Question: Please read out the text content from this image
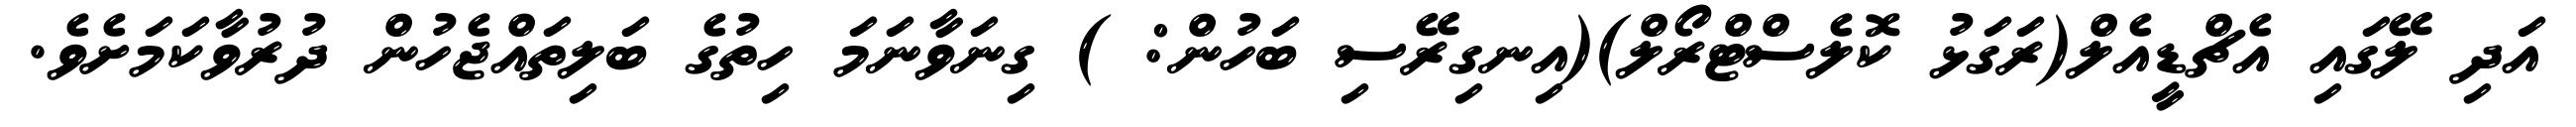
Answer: އަދި ލޭގައި އެޗްޑީއެލް(ރަގަޅު ކޮލެސްޓްރޯލް)(އިނގިރޭސި ބަހުން: ) ގިނަވާނަމަ ހިތުގެ ބަލިތައްޖެހުން ދުރުވާކަމަށެވެ.